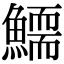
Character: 𩻞